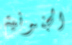
الجنونية